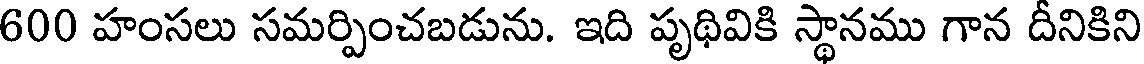
600 హంసలు సమర్పించబడును. ఇది పృథివికి స్థానము గాన దీనికిని